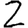
Digit: 2